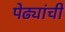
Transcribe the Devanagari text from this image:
पेढ्यांची